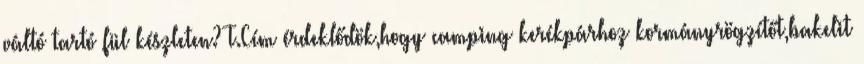
váltó tartó fül készleten? T.Cím érdeklődök,hogy camping kerékpárhoz kormányrögzítőt,bakelit